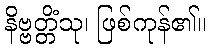
နိဗ္ဗတ္တိံသု၊ ဖြစ်ကုန်၏။